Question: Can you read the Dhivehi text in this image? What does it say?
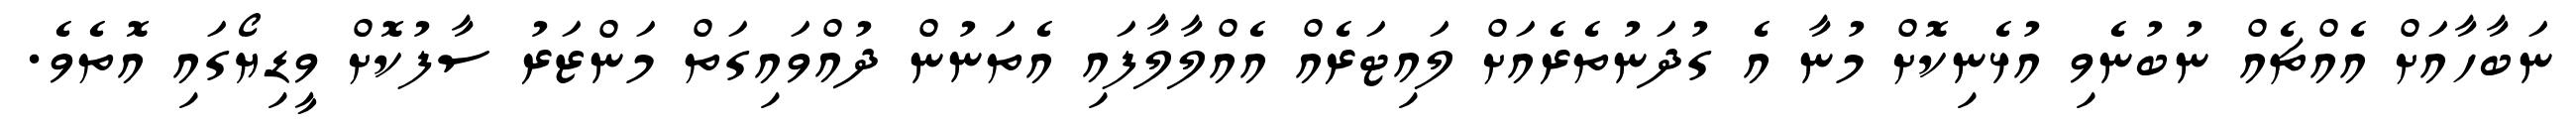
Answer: ނަބާހާއަށް އެއްޗެއް ނުބުނެވި އުޅެނިކޮށް މުނާ އެ ގުދަނުތެރެއަށް ލައިޓަރެއް އެއްލާލާފައި އެތަނުން ދުއްވައިގަތް މަންޒަރު ސާފުކޮށް ވީޑިޔޯގައި އޮތެވެ.